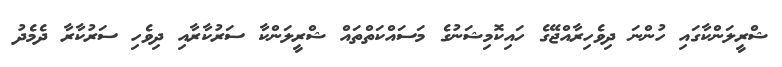
ޝްރީލަންކާގައި ހުންނަ ދިވެހިރާއްޖޭގެ ހައިކޮމިޝަނުގެ މަސައްކަތްތައް ޝްރީލަންކާ ސަރުކާރާއި ދިވެހި ސަރުކާރާ ދެމެދު